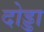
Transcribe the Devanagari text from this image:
दोड्डा